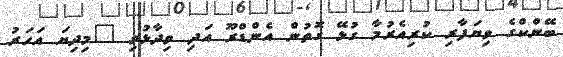
ބޭންކްގެ ވިޔަފާރި ކުރިއެރުމާ ގުޅޭ ގޮތުން އެންޑްރޫ އަދި ވިދާޅުވި "މިދިޔަ އަހަރު